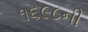
૧૬૯૮ની